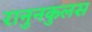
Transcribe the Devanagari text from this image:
रानुनकुलस